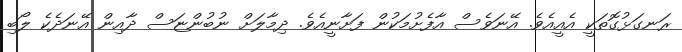
ރަނގަޅުގޮތަކީ އެއީއެވެ. އޭނަވެސް އާފެށުމަކުން ފަށާނީއެވެ. ދިމާލަށް ނުބުންޏަސް ދާއިން އޭނަދެކެ ލޯބި